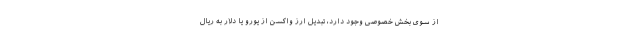
از سوی بخش خصوصی وجود دارد، تبدیل ارز واکسن از یورو یا دلار به ریال